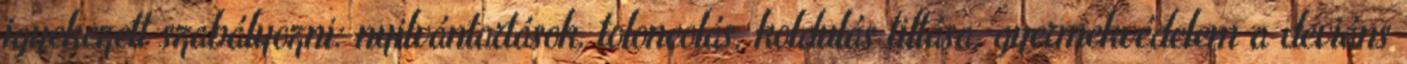
igyekezett szabályozni: nyilvántartások, toloncolás, koldulás tiltása, gyermekvédelem a deviáns